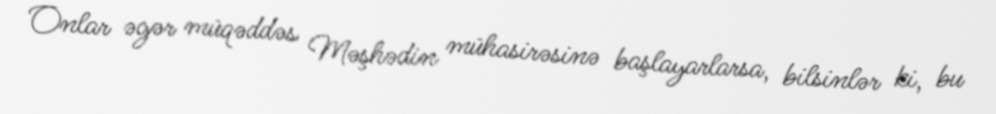
Onlar əgər müqəddəs Məşhədin mühasirəsinə başlayarlarsa, bilsinlər ki, bu